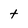
Character: t